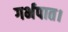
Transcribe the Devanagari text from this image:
गर्भपात।